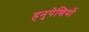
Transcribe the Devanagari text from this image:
हनुपेशियों